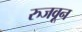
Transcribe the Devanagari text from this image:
रुजवून